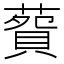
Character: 𦺲